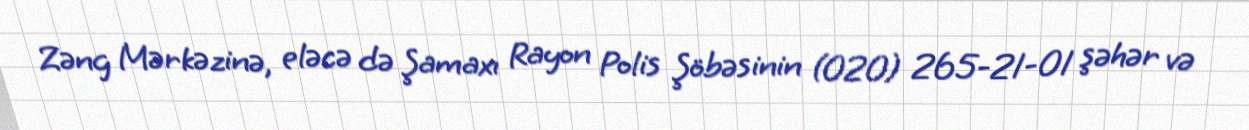
Zəng Mərkəzinə, eləcə də Şamaxı Rayon Polis Şöbəsinin (020) 265-21-01 şəhər və